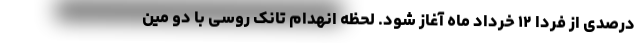
درصدی از فردا ۱۲ خرداد ماه آغاز شود. لحظه انهدام تانک روسی با دو مین